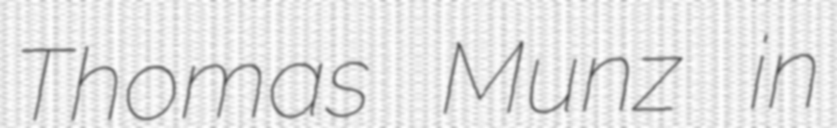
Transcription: Thomas Munz in